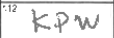
Transcription: KPW